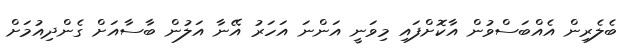
ބެލެރިން އެއްބަސްވުން އާކޮށްފައި މިވަނީ އަންނަ އަހަރު އޭނާ އަލުން ބާސާއަށް ގެންދިއުުމަށް